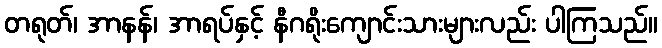
တရုတ်၊ အာနန်၊ အာရပ်နှင့် နီဂရိုးကျောင်းသားများလည်း ပါကြသည်။